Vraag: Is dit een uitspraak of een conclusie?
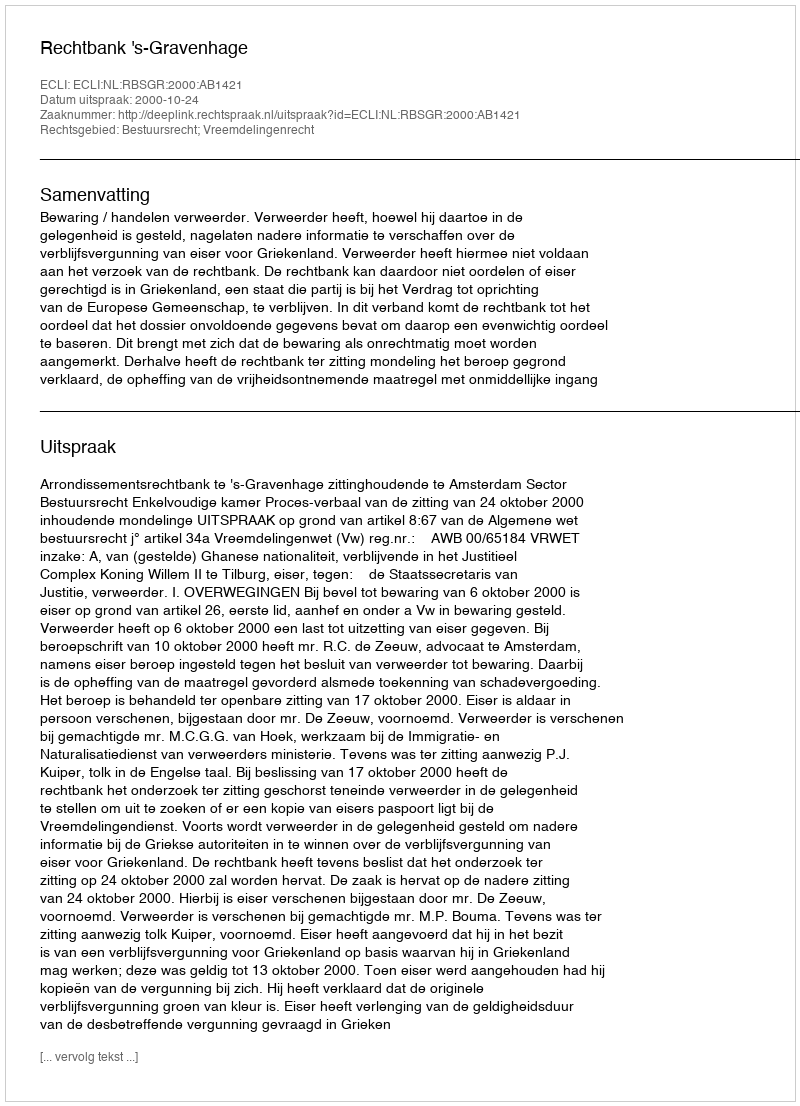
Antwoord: Uitspraak